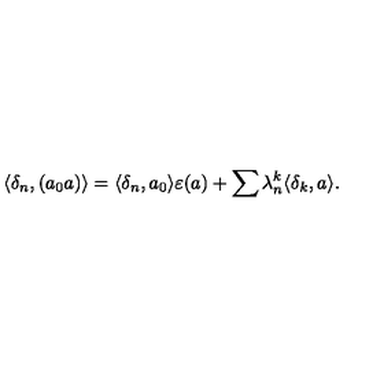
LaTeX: \langle \delta _ { n } , ( a _ { 0 } a ) \rangle = \langle \delta _ { n } , a _ { 0 } \rangle \varepsilon ( a ) + \sum \lambda _ { n } ^ { k } \langle \delta _ { k } , a \rangle .